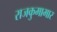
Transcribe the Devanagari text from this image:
राजकुमामार